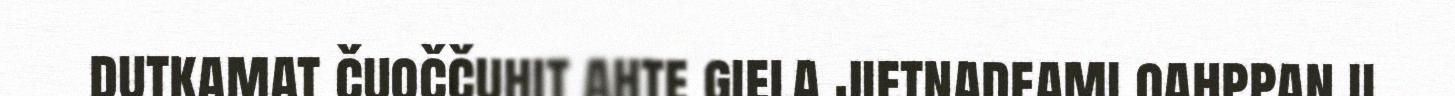
dutkamat čuoččuhit ahte giela jietnadeami oahppan ii